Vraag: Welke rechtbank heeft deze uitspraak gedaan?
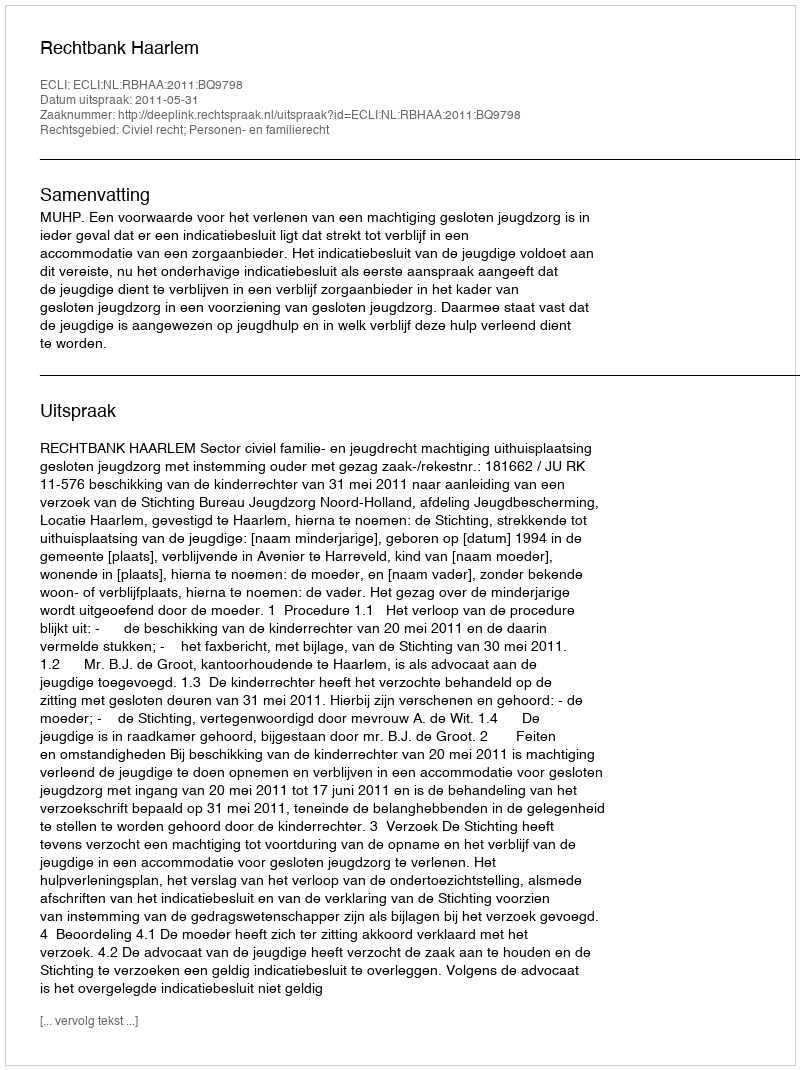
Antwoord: Rechtbank Haarlem